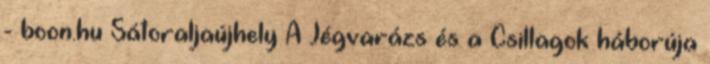
- boon.hu Sátoraljaújhely A Jégvarázs és a Csillagok háborúja